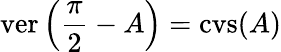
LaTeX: \operatorname{ver}\left({\frac{\pi}{2}}-A\right)=\operatorname{cvs}(A)